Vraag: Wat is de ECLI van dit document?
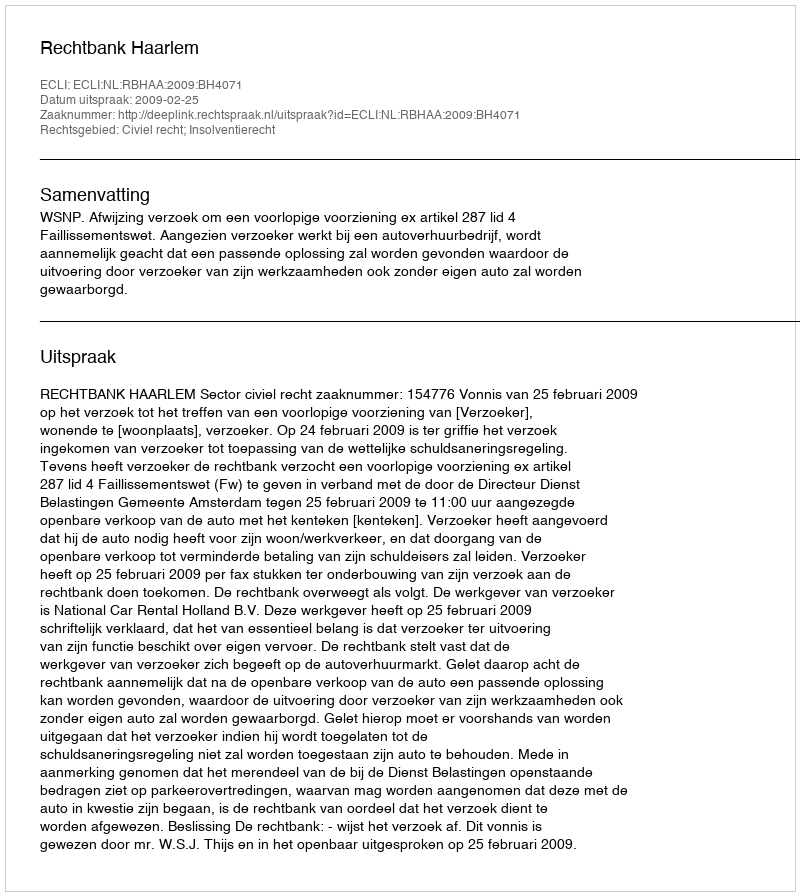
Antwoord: ECLI:NL:RBHAA:2009:BH4071